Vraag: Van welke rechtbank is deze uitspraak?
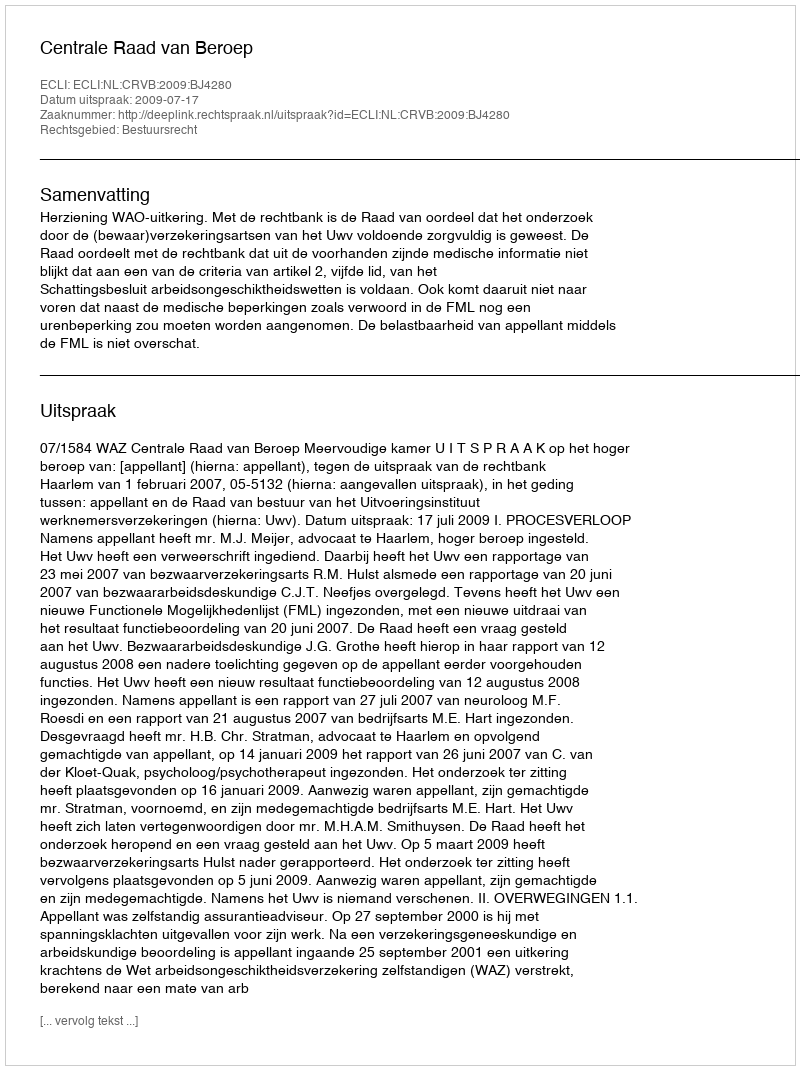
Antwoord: Centrale Raad van Beroep